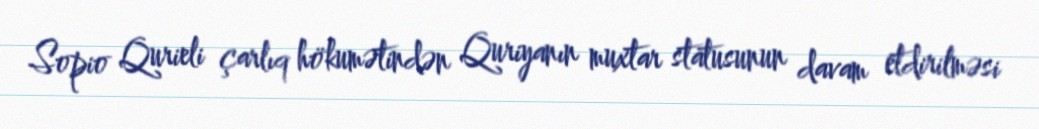
Sopio Qurieli çarlıq hökumətindən Quriyanın muxtar statusunun davam etdirilməsi